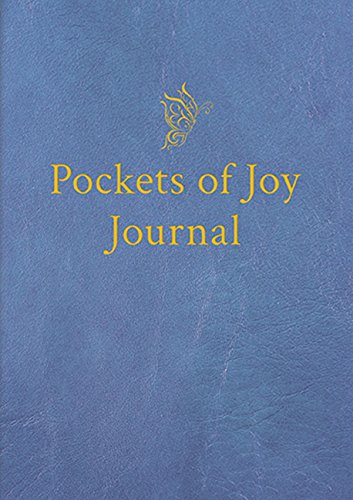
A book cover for Pockets of Joy Journal; Roxane Battle; Parenting & Relationships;